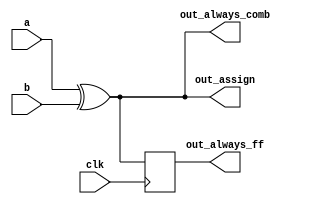
module top_module(
	input clk,
	input a,
	input b,
	output out_assign,
	output reg out_always_comb,
	output reg out_always_ff
);
	assign out_assign = a ^ b;

	always@(*)begin
		out_always_comb = a ^ b;
	end

	always@(posedge clk)begin
		out_always_ff <= a ^ b;
	end
endmodule